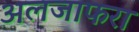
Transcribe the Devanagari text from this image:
अलजाफरा